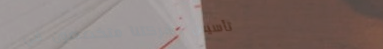
تأسيس وشركتنا متخصصون في